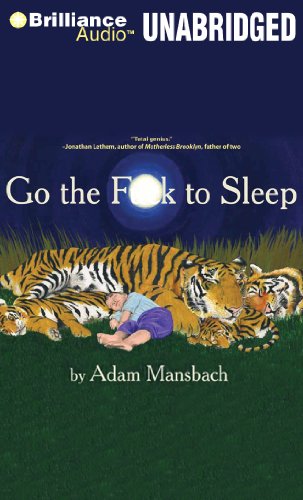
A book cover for Go the F**k to Sleep; Adam Mansbach; Literature & Fiction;